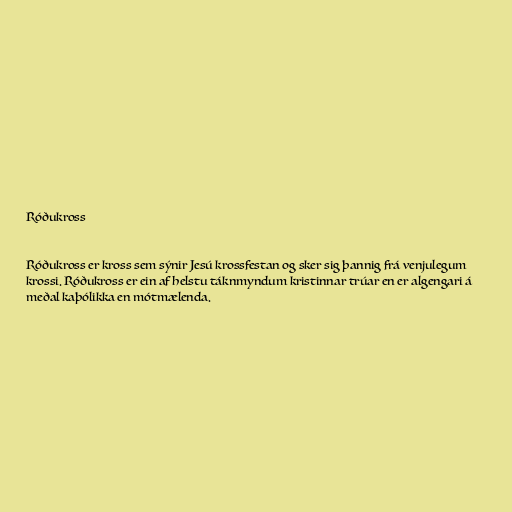
Róðukross

Róðukross er kross sem sýnir Jesú krossfestan og sker sig þannig frá venjulegum
krossi. Róðukross er ein af helstu táknmyndum kristinnar trúar en er algengari á
meðal kaþólikka en mótmælenda.